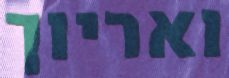
ואריוך